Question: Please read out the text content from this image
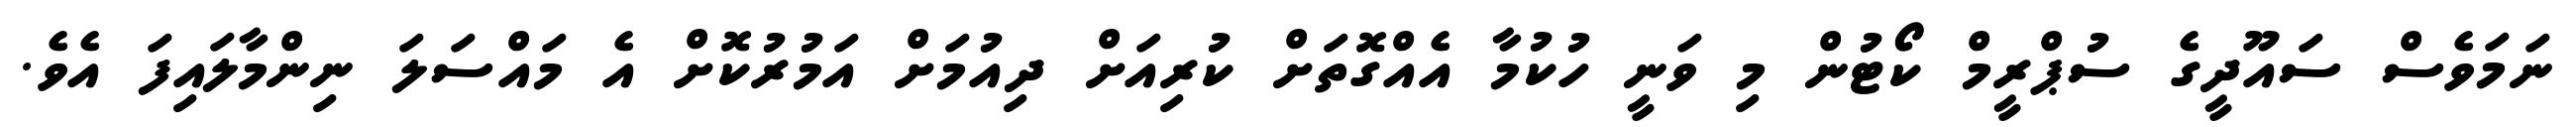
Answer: ނަމަވެސް ސައޫދީގެ ސުޕްރީމް ކޯޓުން މި ވަނީ ހުކުމާ އެއްގޮތަށް ކުރިއަށް ދިއުމަށް އަމުރުކޮށް އެ މައްސަލަ ނިންމާލައިފަ އެވެ.